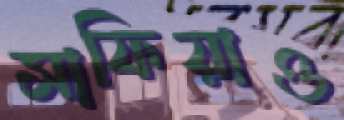
সাফিয়াও